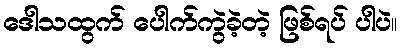
ဒေါသထွက် ပေါက်ကွဲခဲ့တဲ့ ဖြစ်ရပ် ပါပဲ။